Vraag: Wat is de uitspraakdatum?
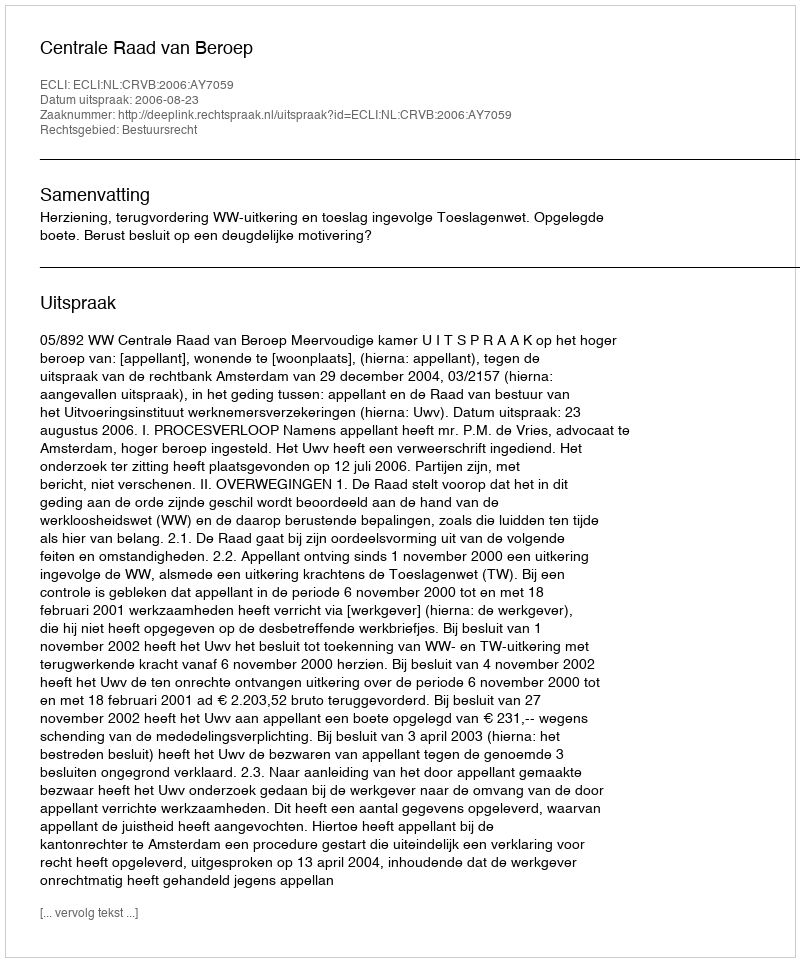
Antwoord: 2006-08-23